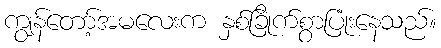
ကျွန်တော့်အမလေးက နှစ်ခြိုက်စွာပြုံးနေသည်။